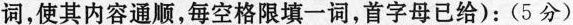
词, 使其内容通顺,每空格限填一词,首字母已给): (5分)